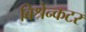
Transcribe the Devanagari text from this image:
बिश्रेन्कटर